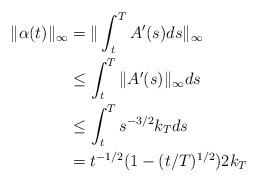
LaTeX: \begin{align*} \|\alpha(t)\|_\infty &= \| \int_t^T A'(s) ds \|_\infty \\ &\le \int_t^T \|A'(s)\|_\infty ds \\ & \le \int_t^T s^{-3/2}k_T ds \\ & = t^{-1/2} (1- (t/T)^{1/2}) 2 k_T \end{align*}